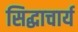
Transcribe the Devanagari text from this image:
सिद्धाचार्य